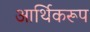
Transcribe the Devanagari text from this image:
आर्थिकरूप